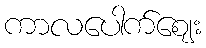
ကာလပေါက်ဈေး